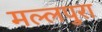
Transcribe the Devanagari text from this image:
मल्लपुरा